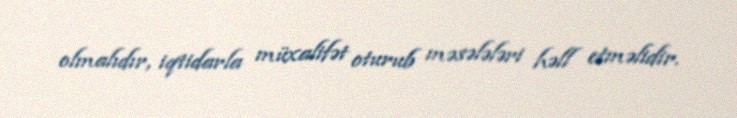
olmalıdır, iqtidarla müxalifət oturub məsələləri həll etməlidir.